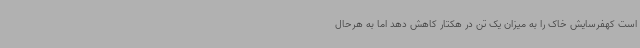
است کهفرسایش خاک را به میزان یک تن در هکتار کاهش دهد اما به هرحال